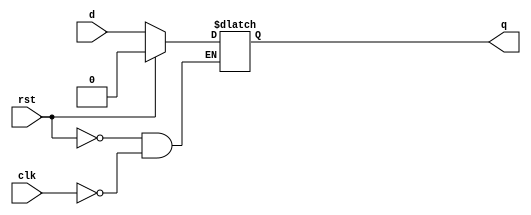
module dflipflop(q,clk,rst,d);
        output reg q;
        input clk, rst;
        input d;

        always @(clk)
        begin
                if (rst)
                        q <= 0;
                else if (clk)
                        q <= d;
	else   q <= q;
        end
endmodule

module Kishan_masterslaveDFF(q,clk,rst,d);
	output q;
	input clk, rst;
	input d;
	wire iclk, q1;  // inverted clock and intermediate q output of Master

	assign iclk = ~clk;
	
	dflipflop masterff01(q1,clk,rst,d);
	dflipflop slaveff02(q,iclk,rst,q1);

endmodule